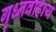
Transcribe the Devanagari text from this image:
गृध्नवाहाय